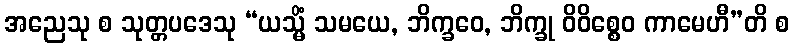
အညေသု စ သုတ္တပဒေသု “ယသ္မိံ သမယေ, ဘိက္ခဝေ, ဘိက္ခု ဝိဝိစ္စေဝ ကာမေဟီ”တိ စ